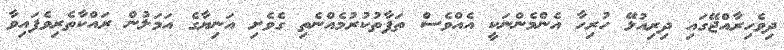
ދިވެހިރާއްޖޭގައި ދިރިއުޅޭ ހުރިހާ އެންމެންނަކީ އެއްވެސް ތަފާތުކުރުމެއްނެތި ގެވެށި އަނިޔާގެ އަމަލުން ރައްކާތެރިވެފައިވާ